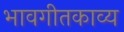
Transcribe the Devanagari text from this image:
भावगीतकाव्य